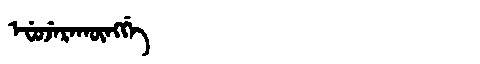
Manchu: ᡝᠸᡠᠵᡝᡵᠠᡴᡡᠩᡤᡝ
Romanization: EFUJERAKŪNGGE